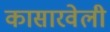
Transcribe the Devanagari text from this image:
कासारवेली